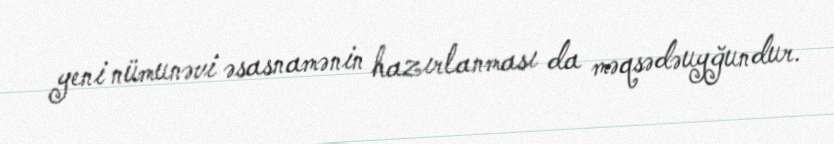
yeni nümunəvi əsasnamənin hazırlanması da məqsədəuyğundur.